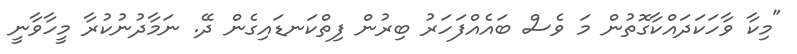
"މިކާ ވާހަކަދައްކާގޮތުން މަ ވެސް ބައެއްފަހަރު ބިރުން ފިތްކަނޑައިގެން ދޭ. ނަމާދުނުކުރާ މީހާވާނީ